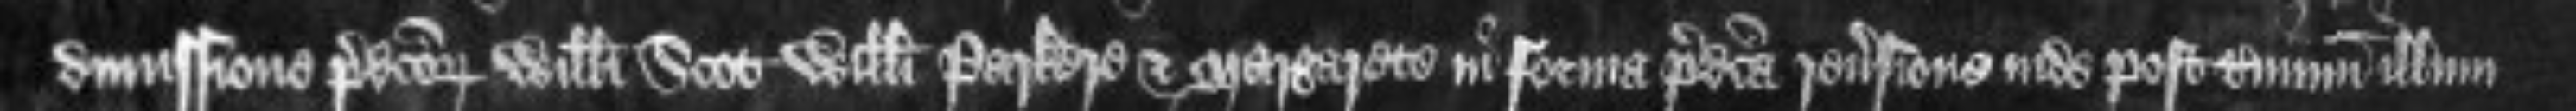
dimissione predictorum Willelmi Scot Willelmi Parkere et Margarete in forma predicta reversione inde post terminum ilium